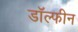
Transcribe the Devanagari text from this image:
डॉल्‍फीन